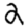
Digit: 2